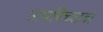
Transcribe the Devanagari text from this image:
अपरिच्छन्न